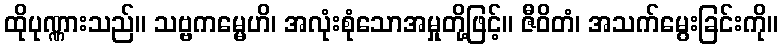
ထိုပုဏ္ဏားသည်။ သဗ္ဗကမ္မေဟိ၊ အလုံးစုံသောအမှုတို့ဖြင့်။ ဇီဝိတံ၊ အသက်မွေးခြင်းကို။